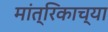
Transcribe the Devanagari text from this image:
मांत्रिकाच्या